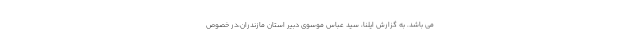
می باشد. به گزارش ایلنا، سید عباس موسوی دبیر استان مازندران،در خصوص